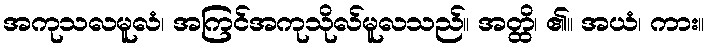
အကုသလမူလံ၊ အကြင်အကုသိုလ်မူလသည်။ အတ္ထိ၊ ၏။ အယံ၊ ကား။